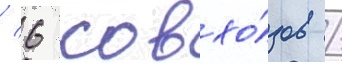
/ 6 совхо́зов /